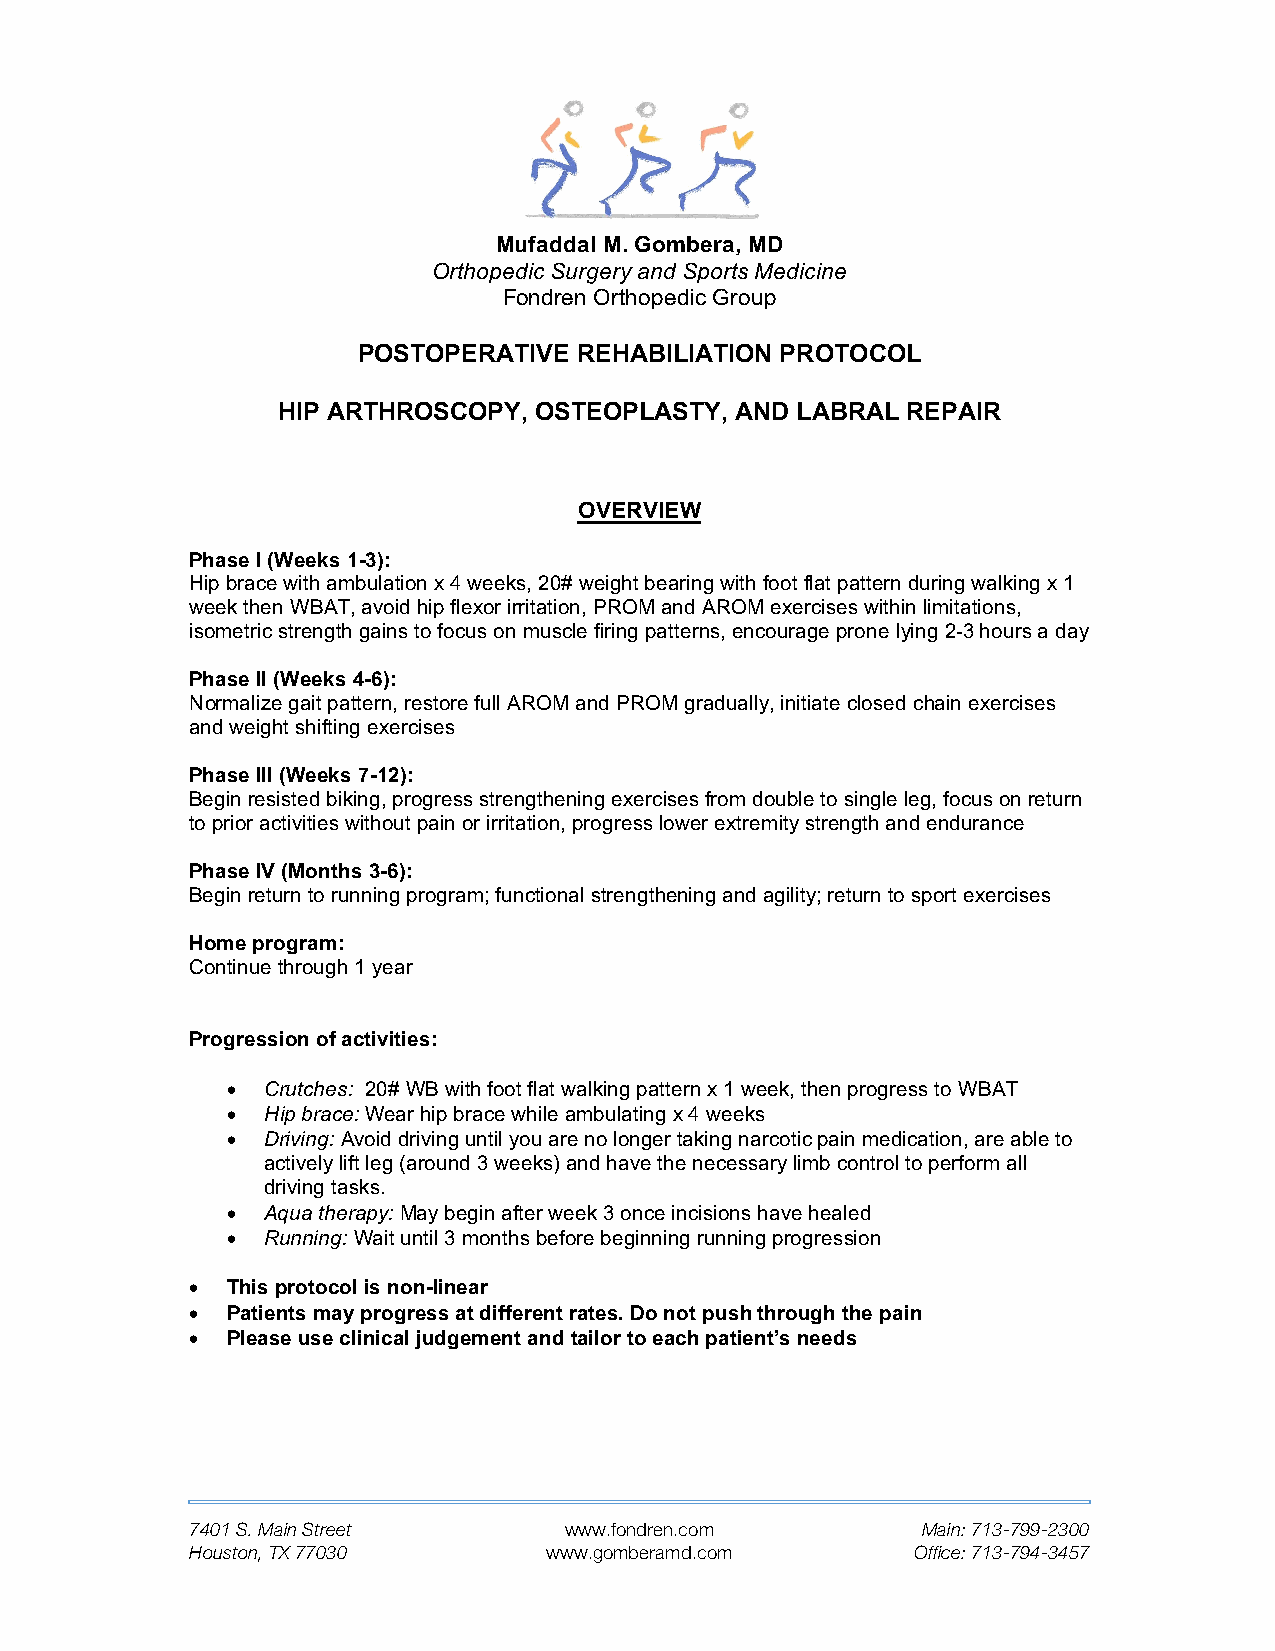
Mufaddal M. Gombera, MD
 Orthopedic Surgery and Sports Medicine
 Fondren Orthopedic Group
 POSTOPERATIVE REHABILIATION PROTOCOL
 HIP ARTHROSCOPY, OSTEOPLASTY,  AND LABRAL REPAIR
 OVERVIEW
 Phase I (Weeks 1-3):
 Hip brace with ambulation x 4 weeks, 20# weight bearing with foot flat pattern during walking x 1
 week then WBAT, avoid hip flexor irritation, PROM and AROM exercises within limitations,
 isometric strength gains to focus on muscle firing patterns, encourage prone lying 2-3 hours a day
 Phase II (Weeks 4-6):
 Normalize gait pattern, restore full AROM and PROM gradually, initiate closed chain exercises
 and weight shifting exercises
 Phase III (Weeks 7-12):
 Begin resisted biking, progress strengthening exercises from double to single leg, focus on return
 to prior activities without pain or irritation, progress lower extremity strength and endurance
 Phase IV (Months 3-6):
 Begin return to running program; functional strengthening and agility; return to sport exercises
 Home program:
 Continue through 1 year
 Progression of activities:
 •  Crutches: 20# WB with foot flat walking pattern x 1 week, then progress to WBAT
 •  Hip brace: Wear hip brace while ambulating x 4 weeks
 •  Driving: Avoid driving until you are no longer taking narcotic pain medication, are able to
 actively lift leg (around 3 weeks) and have the necessary limb control to perform all
 driving tasks.
 •  Aqua therapy: May begin after week 3 once incisions have healed
 •  Running: Wait until 3 months before beginning running progression
 • This protocol is non-linear
 • Patients may progress at different rates. Do not push through the pain
 • Please use clinical judgement and tailor to each patient’s needs
 7401 S. Main Street     www.fondren.com         Main: 713-799-2300
 Houston, TX 77030      www.gomberamd.com        Office: 713-794-3457